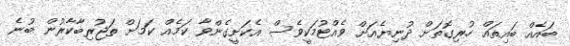
ބައެއް ބައިތައް ހުރިގޮތަށް ދުނިޔެއަށް ވެއްޓުމަކީވެސް އެކަށީގެންވާ ކަމެއް ކަމަށް ތަޖުރިބާކާރުން ބުނެ